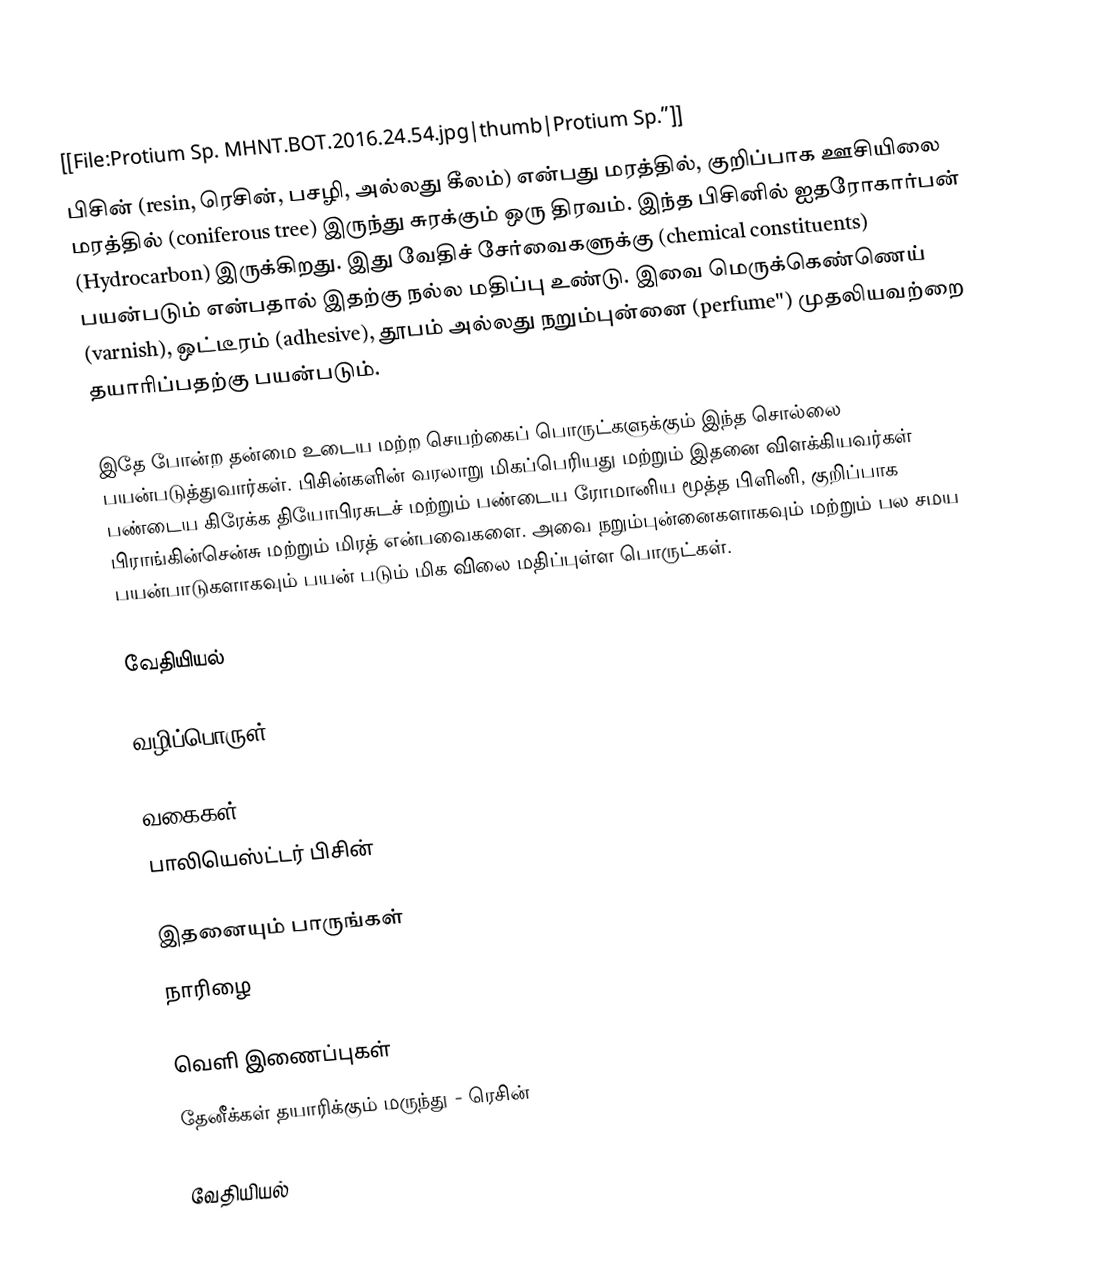
[[File:Protium Sp. MHNT.BOT.2016.24.54.jpg|thumb|Protium Sp.”]]
பிசின் (resin, ரெசின், பசழி, அல்லது கீலம்) என்பது மரத்தில், குறிப்பாக ஊசியிலை மரத்தில் (coniferous tree) இருந்து சுரக்கும் ஒரு திரவம். இந்த பிசினில் ஐதரோகார்பன் (Hydrocarbon) இருக்கிறது. இது வேதிச் சேர்வைகளுக்கு (chemical constituents) பயன்படும் என்பதால் இதற்கு நல்ல மதிப்பு உண்டு. இவை மெருக்கெண்ணெய் (varnish), ஒட்டீரம் (adhesive), தூபம் அல்லது நறும்புன்னை (perfume'') முதலியவற்றை தயாரிப்பதற்கு பயன்படும்.

இதே போன்ற தன்மை உடைய மற்ற செயற்கைப் பொருட்களுக்கும் இந்த சொல்லை பயன்படுத்துவார்கள். பிசின்களின் வரலாறு மிகப்பெரியது மற்றும் இதனை விளக்கியவர்கள் பண்டைய கிரேக்க தியோபிரசுடச் மற்றும் பண்டைய ரோமானிய மூத்த பிளினி, குறிப்பாக பிராங்கின்சென்சு மற்றும் மிரத் என்பவைகளை. அவை நறும்புன்னைகளாகவும் மற்றும் பல சமய பயன்பாடுகளாகவும் பயன் படும் மிக விலை மதிப்புள்ள பொருட்கள்.

வேதியியல்

வழிப்பொருள்

வகைகள்
பாலியெஸ்ட்டர் பிசின்

இதனையும் பாருங்கள்
நாரிழை

வெளி இணைப்புகள்
தேனீக்கள் தயாரிக்கும் மருந்து - ரெசின்

வேதியியல்